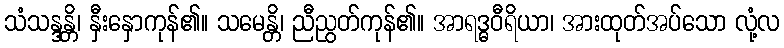
သံသန္ဒန္တိ၊ နှီးနှောကုန်၏။ သမေန္တိ၊ ညီညွတ်ကုန်၏။ အာရဒ္ဓဝီရိယာ၊ အားထုတ်အပ်သော လုံ့လ